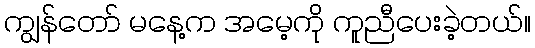
ကျွန်တော် မနေ့က အမေ့ကို ကူညီပေးခဲ့တယ်။